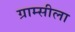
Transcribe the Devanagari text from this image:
ग्राम्सीला